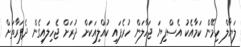
ލަޔާލް ހިމޭން ކަމާއެކު އެސްފިޔަ ޖަހާލަން ހުރެފައި ކުއްލިއަކަށް ދުރަށް ޖެހިލައިގެން ދެފަރާތަށް